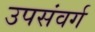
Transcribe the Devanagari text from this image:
उपसंवर्ग